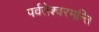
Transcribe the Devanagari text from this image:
पर्वतेश्वरमन्ति